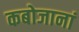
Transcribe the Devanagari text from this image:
कबोजानां